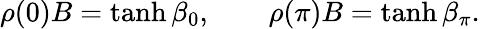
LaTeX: \rho(0)B=\operatorname{tanh}\beta_{0},\qquad\rho(\pi)B=\operatorname{tanh}\beta_{\pi}.